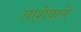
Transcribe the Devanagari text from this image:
ताशेवाले